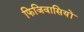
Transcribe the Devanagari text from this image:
फिजिवासियों